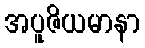
အပူဇိယမာနာ